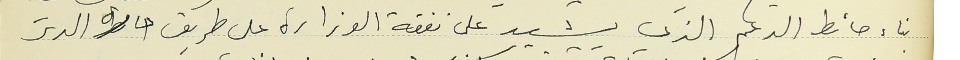
بناء حائط الدعم الذي يشيد على نفقة الوزارة على طريق حارة الدير